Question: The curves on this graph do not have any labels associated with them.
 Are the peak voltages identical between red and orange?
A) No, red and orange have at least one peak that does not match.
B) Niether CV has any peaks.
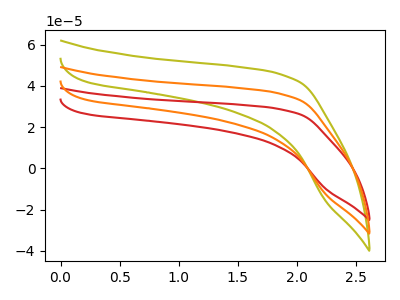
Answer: <think>The olive curve "olive" has no peaks. The red curve "red" has no peaks. The orange curve "orange" has no peaks.</think>
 <answer>B) Niether CV has any peaks.</answer>
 <eval>B</eval>